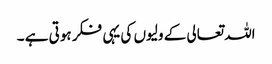
اللہ تعالی کے ولیوں کی یہی فکر ہوتی ہے ۔